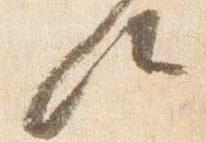
候